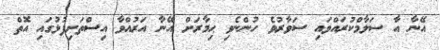
އޭނާ އާ ސަލާމްކުރައްވައި ސަވާރުވެ ހުންނެވި ޙިމާރަށް އޭނާ އަރުއްވާ އިސްތަށިފުޅުގައި އޮތް